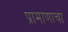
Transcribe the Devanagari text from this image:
प्रामाणाचा